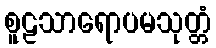
စူဠသာရောပမသုတ္တံ